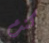
كنت